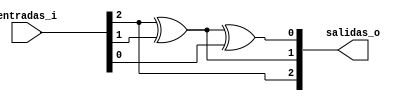
`timescale 1ns / 1ps

////////////////////////////////////////////////////////////////////////////////
// Company: 
// Engineer:
//
// Design Name:   DecoBCDto7seg
// Module Name:   /home/manzumbado/Development/HDL/Xilinx/ControladorElevadorTDD/trunk/DecoGreytoBCD.v
// Project Name:  ControladorElevadorTDD
// Target Device:  
// Tool versions:  
// Description: 
//
// Verilog Test Fixture created by ISE for module: DecoBCDto7seg
//
// Dependencies:
// 
// Revision:
// Revision 0.01 - File Created
// Additional Comments:
// 
////////////////////////////////////////////////////////////////////////////////
//Decodificador que convierte cdigo grey de 3 bits en cdigo binario
module DecoGreytoBCD(
	entradas_i,	//3 bits de entrada
	salidas_o //3 bits de salida
	);
	
	input [2:0] entradas_i;
	output [2:0] salidas_o;
	
	//wire entradas_i;
	//wire salidas_o;
	
	//Aqui se hace la transformacin
	assign salidas_o[2] = entradas_i[2];
	xor xorB(salidas_o[1], entradas_i[2], entradas_i[1]);
	xor xorC(salidas_o[0], salidas_o[1], entradas_i[0]);
	
	
endmodule